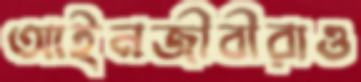
আইনজীবীরাও